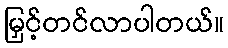
မြှင့်တင်လာပါတယ်။